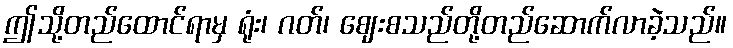
ဤသို့တည်ထောင်ရာမှ ရုံး၊ ဂတ်၊ ဈေးစသည်တို့တည်ဆောက်လာခဲ့သည်။